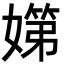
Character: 𡠨